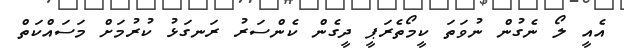
އެއީ ލޯ ނެގުން ނުވަތަ ކީމޯތެރަޕީ ދީގެން ކެންސަރު ރަނގަޅު ކުރުމަށް މަސައްކަތް